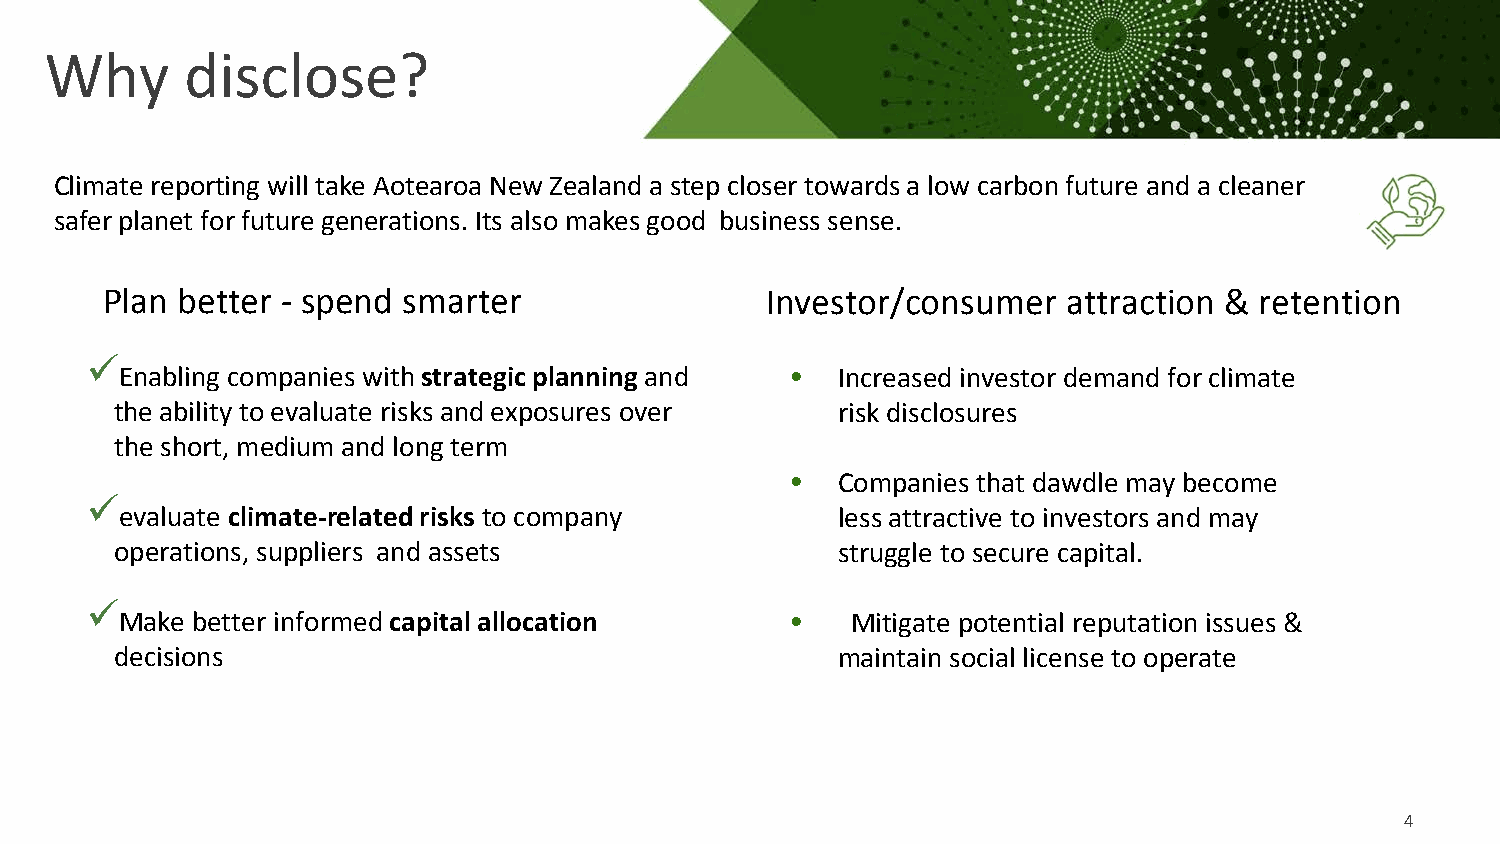
Why      disclose?
 Climate reporting will take Aotearoa New Zealand a step closer towards a low carbon future and a cleaner
 safer planet for future generations. Its also makes good business sense.
 Plan better - spend smarter                 Investor/consumer   attraction & retention
 
 Enabling companies with strategic planning and • Increased investor demand for climate
 the ability to evaluate risks and exposures over risk disclosures
 the short, medium and long term
 •  Companies that dawdle may become
 
 evaluate climate-related risks to company      less attractive to investors and may
 operations, suppliers and assets               struggle to secure capital.
 
 Make better informed capital allocation     •   Mitigate potential reputation issues &
 decisions                                      maintain social license to operate
 4